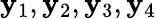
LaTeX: \mathbf{y}_{1},\mathbf{y}_{2},\mathbf{y}_{3},\mathbf{y}_{4}